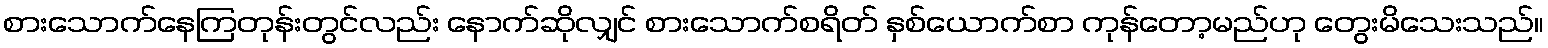
စားသောက်နေကြတုန်းတွင်လည်း နောက်ဆိုလျှင် စားသောက်စရိတ် နှစ်ယောက်စာ ကုန်တော့မည်ဟု တွေးမိသေးသည်။